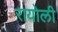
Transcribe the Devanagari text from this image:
रायोली